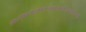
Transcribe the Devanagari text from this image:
म्फ्व्म्द्फ्म्न्फ्द्श्फ्द्श्ज्क्स्ज्फ्द्ज्ख्स्र्फिप्स्व्झ्र्